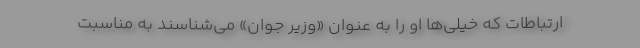
ارتباطات که خیلی‌ها او را به عنوان «وزیر جوان» می‌شناسند به مناسبت